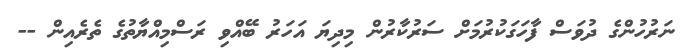
ނަރުހުންގެ ދުވަސް ފާހަގަކުރުމަށް ސަރުކާރުން މިދިޔަ އަހަރު ބޭއްވި ރަސްމިއްޔާތުގެ ތެރެއިން --